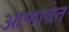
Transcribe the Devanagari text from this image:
आणावेत